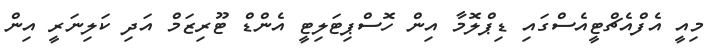
މިއީ އެފްއެޗްޓީއެސްގައި ޑިޕްލޮމާ އިން ހޮސްޕިޓަލިޓީ އެންޑް ޓޫރިޒަމް އަދި ކަލިނަރީ އިން